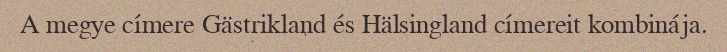
A megye címere Gästrikland és Hälsingland címereit kombinája.